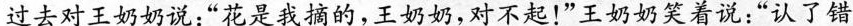
过去对王奶奶说：”花是我摘的，王奶奶，对不起！”王奶奶笑着说：”认了错